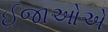
ઈજાઓએ